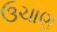
ઉચાણ